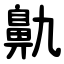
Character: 鼽